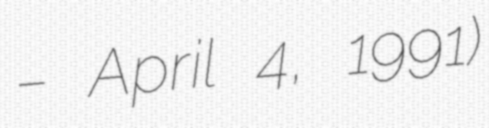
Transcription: – April 4, 1991)